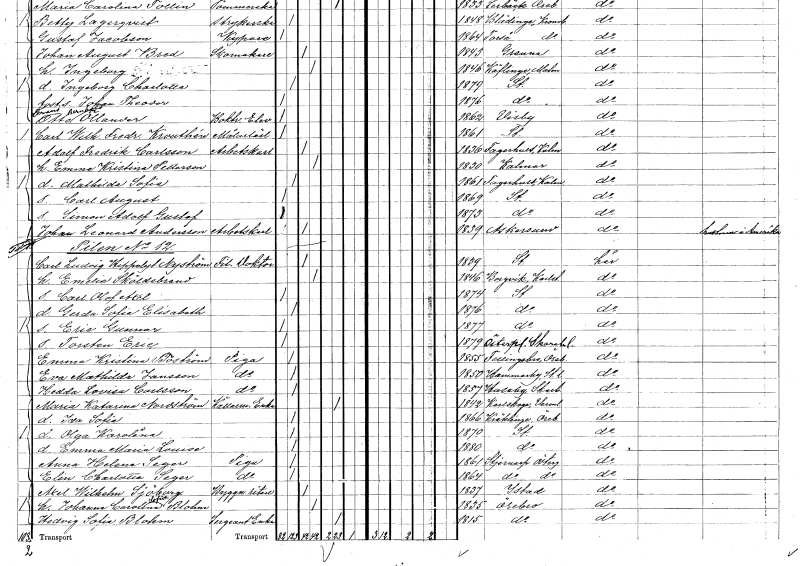
gt_parse: households: individuals: FN: Carl August
KON: M
CIV: O
FODAR: 1869
FODFORS: Stockholm
FN: Simon Adolf Gustaf
KON: M
CIV: O
FODAR: 1873
FODFORS: Stockholm
FN: Johan Leonard
EN: Andersson
YRKE: Arbetskarl
KON: M
CIV: G
FODAR: 1839
FODFORS: Askersund Örebro län
FN: Carl Ludvig
EN: Hippolyf Nyström
YRKE: Fil. doktor
KON: M
CIV: G
FODAR: 1839
FODFORS: Stockholm
FN: Emelie
EN: Sköldebrand
KON: K
CIV: G
FODAR: 1846
FODFORS: Borgvik Värmlands län
FN: Carl Olof Axel
KON: M
CIV: O
FODAR: 1874
FODFORS: Stockholm
FN: Gerda Sofia Elisabeth
KON: K
CIV: O
FODAR: 1876
FODFORS: Stockholm
FN: Eric Gunnar
KON: M
CIV: O
FODAR: 1877
FODFORS: Stockholm
FN: Torsten Eric
KON: M
CIV: O
FODAR: 1879
FODFORS: Österplana Skaraborgs län
FN: Emma Kristina
EN: Boström
YRKE: Piga
KON: K
CIV: O
FODAR: 1855
FODFORS: Fellingsbro Örebro län
FN: Eva Mathilda
EN: Jansson
KON: K
CIV: O
FODAR: 1850
FODFORS: Hammarby Stockholms län
FN: Hedda Lovisa
EN: Carlsson
YRKE: Piga
KON: K
CIV: O
FODAR: 1857
FODFORS: Husaby Skaraborgs län
FN: Maria Katarina
EN: Nordström
YRKE: Källarmästareänka
KON: K
CIV: E
FODAR: 1842
FODFORS: Karlskoga Örebro län
FN: Ida Sofia
KON: K
CIV: O
FODAR: 1866
FODFORS: Kräcklinge Örebro län
FN: Olga Karolina
KON: K
CIV: O
FODAR: 1870
FODFORS: Stockholm
FN: Emma Maria Louise
KON: K
CIV: O
FODAR: 1880
FODFORS: Stockholm
FN: Anna Helena
EN: Seger
YRKE: Piga
KON: K
CIV: O
FODAR: 1861
FODFORS: Stjärnorp Östergötlands län
FN: Elin Charlotta
EN: Seger
YRKE: Piga
KON: K
CIV: O
FODAR: 1864
FODFORS: Stjärnorp Östergötlands län
FN: Axel Wilhelm
EN: Sjöborg
YRKE: Byggnadsritare
KON: M
CIV: G
FODAR: 1837
FODFORS: Ystad Malmöhus län
FN: Johanna Carolina Sofia
EN: Blohm
KON: K
CIV: G
FODAR: 1835
FODFORS: Örebro Örebro län
FN: Hedvig Sofia
EN: Blohm
YRKE: Sergantänka
KON: K
CIV: E
FODAR: 1815
FODFORS: Örebro Örebro län